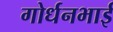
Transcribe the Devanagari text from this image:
गोर्धनभाई